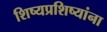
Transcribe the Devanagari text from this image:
शिष्यप्रशिष्यांना